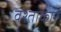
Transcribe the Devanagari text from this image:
वश्ताकार